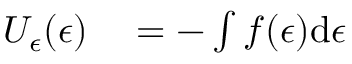
\begin{array} { r l } { U _ { \epsilon } ( \epsilon ) } & { { } = - \int f ( \epsilon ) \mathrm { d } \epsilon } \end{array}